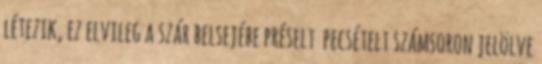
létezik, ez elvileg a szár belsejébe préselt pecsételt számsoron jelölve